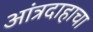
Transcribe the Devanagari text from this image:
आंत्रदाहाचा